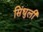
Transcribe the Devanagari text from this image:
सिंधुली